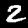
Label: 2